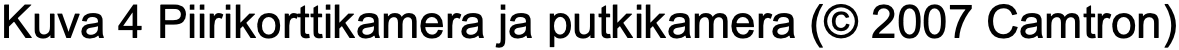
Kuva 4 Piirikorttikamera ja putkikamera (© 2007 Camtron)